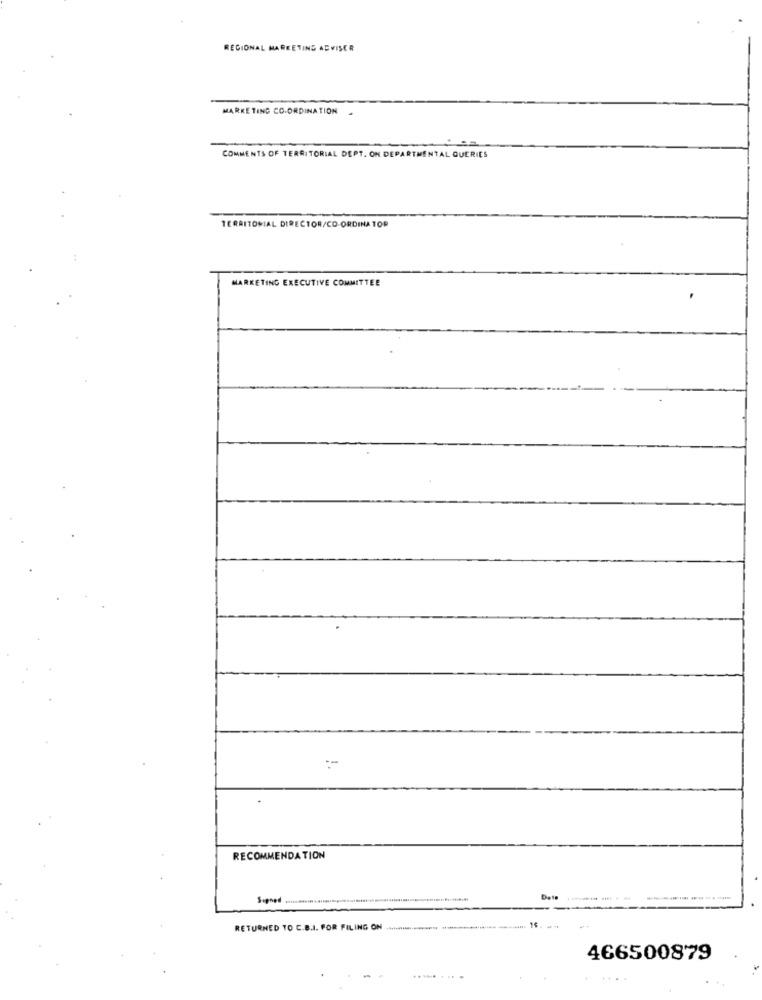
REGIONAL MARKETING ADVISER
MARKETING CO-ORDINATION
COMMENTS OF TERRITORIAL DEPT. ON DEPARTMENTAL QUERIES
TERRITORIAL DIRECTOR/CO-ORDINA TOR
MARKETING EXECUTIVE COMMITTEE
RECOMMENDATION
igned -
RETURNED TO C.B.I. FOR FILING ON ...................... ..........................
466500879
-
..... . ...